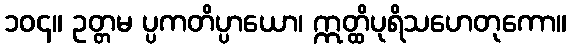
၁၀၄။ ဥတ္တမ ပ္ပကတိပ္ပာယော၊ ဣတ္ထိပုရိသဟေတုကော။